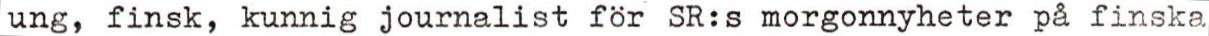
ung, finsk, kunnig journalist för SR:s morgonnyheter på finska